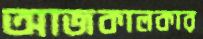
আজকালকার